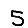
Digit: 5